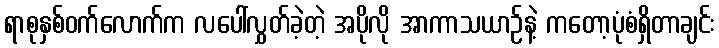
ရာစုနှစ်ဝက်လောက်က လပေါ်လွှတ်ခဲ့တဲ့ အပိုလို အာကာသယာဉ်နဲ့ ကတော့ပုံစံရှိတာချင်း